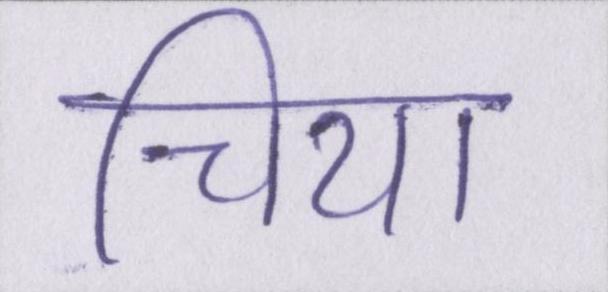
चिया